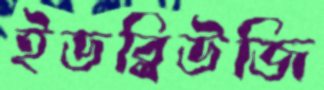
ইডব্লিউজি